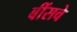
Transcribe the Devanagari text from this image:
बींसवे